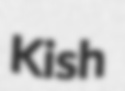
Kish